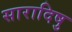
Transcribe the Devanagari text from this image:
सारादिषु